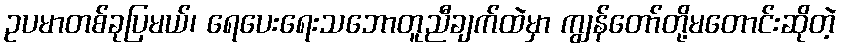
ဥပမာတစ်ခုပြမယ်၊ ရေပေးရေးသဘောတူညီချက်ထဲမှာ ကျွန်တော်တို့မတောင်းဆိုတဲ့